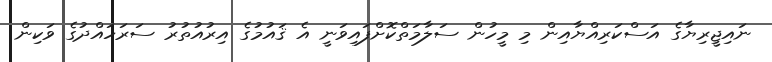
ނައިޖީރިޔާގެ އަސްކަރިއްޔާއިން މި މީހުން ސަލާމަތްކޮށްފައިވަނީ އެ ޤައުމުގެ އިރުއުތުރު ސަރަހައްދުގެ ވަކިން